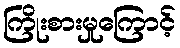
ကြိုးစားမှုကြောင့်